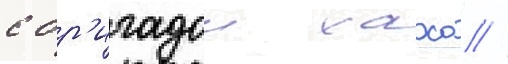
с бр'игадои хаоса //